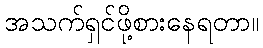
အသက်ရှင်ဖို့စားနေရတာ။